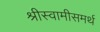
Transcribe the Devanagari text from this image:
श्रीस्वामीसमर्थ